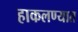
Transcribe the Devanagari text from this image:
हाकलण्यात